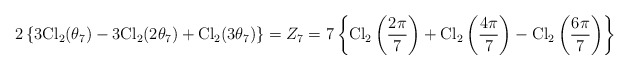
\begin{align*}2\left\{3{\rm Cl}_2(\theta_7)-3{\rm Cl}_2(2\theta_7)+{\rm Cl}_2(3\theta_7)\right\}=Z_7=7\left\{{\rm Cl}_2\left(\frac{2\pi}{7}\right)+{\rm Cl}_2\left(\frac{4\pi}{7}\right)-{\rm Cl}_2\left(\frac{6\pi}{7}\right)\right\}\end{align*}